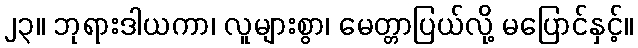
၂၃။ ဘုရားဒါယကာ၊ လူများစွာ၊ မေတ္တာပြယ်လို့ မပြောင်နှင့်။